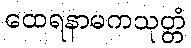
ထေရနာမကသုတ္တံ